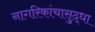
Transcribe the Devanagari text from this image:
नागरिकांचासुद्धा